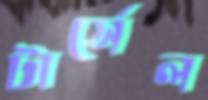
টার্সেল